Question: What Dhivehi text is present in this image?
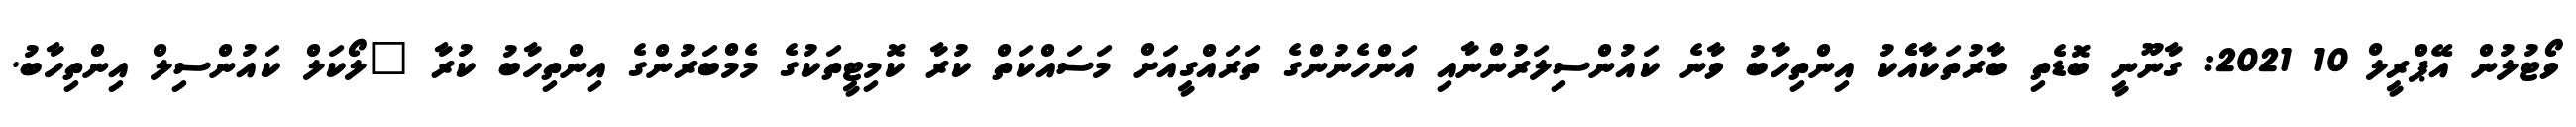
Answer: ވޯޓުލުން އޭޕްރީލް 10 2021: ގާނޫނީ ބޮޑެތި ބާރުތަކާއެެކު އިންތިހާބު ވާނެ ކައުންސިލަރުންނާއި އަންހެނުންގެ ތަރައްގީއަށް މަސައްކަތް ކުރާ ކޮމިޓީތަކުގެ މެމްބަރުންގެ އިންތިހާބު ކުރާ "ލޯކަލް ކައުންސިލް އިންތިހާބު.